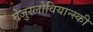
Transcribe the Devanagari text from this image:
मेजुस्लोवियान्स्की